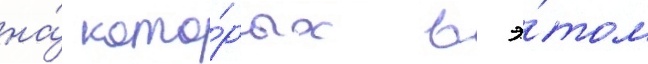
на́ кото́рых в э́том